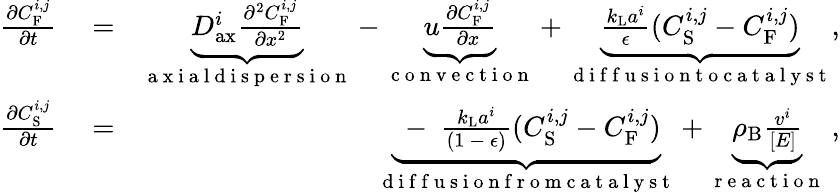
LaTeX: \begin{array}{rlr}{\frac{\partial C_{\mathrm{F}}^{i,j}}{\partial t}}&{{}=}&{\underbrace{D_{\mathrm{ax}}^{i}\frac{\partial^{2}C_{\mathrm{F}}^{i,j}}{\partial x^{2}}}_{\mathrm{~a~x~i~a~l~d~i~s~p~e~r~s~i~o~n~}}-\underbrace{u\frac{\partial C_{\mathrm{F}}^{i,j}}{\partial x}}_{\mathrm{~c~o~n~v~e~c~t~i~o~n~}}+\underbrace{\frac{k_{\mathrm{L}}a^{i}}{\epsilon}(C_{\mathrm{S}}^{i,j}-C_{\mathrm{F}}^{i,j})}_{\mathrm{~d~i~f~f~u~s~i~o~n~t~o~c~a~t~a~l~y~s~t~}},}\\ {\frac{\partial C_{\mathrm{S}}^{i,j}}{\partial t}}&{{}=}&{\underbrace{\mathrm{~-~}\frac{k_{\mathrm{L}}a^{i}}{(1\mathrm{~-~}\epsilon)}(C_{\mathrm{S}}^{i,j}-C_{\mathrm{F}}^{i,j})}_{\mathrm{~d~i~f~f~u~s~i~o~n~f~r~o~m~c~a~t~a~l~y~s~t~}}+\underbrace{\rho_{\mathrm{B}}\frac{v^{i}}{[E]}}_{\mathrm{~r~e~a~c~t~i~o~n~}}\ ,}\end{array}